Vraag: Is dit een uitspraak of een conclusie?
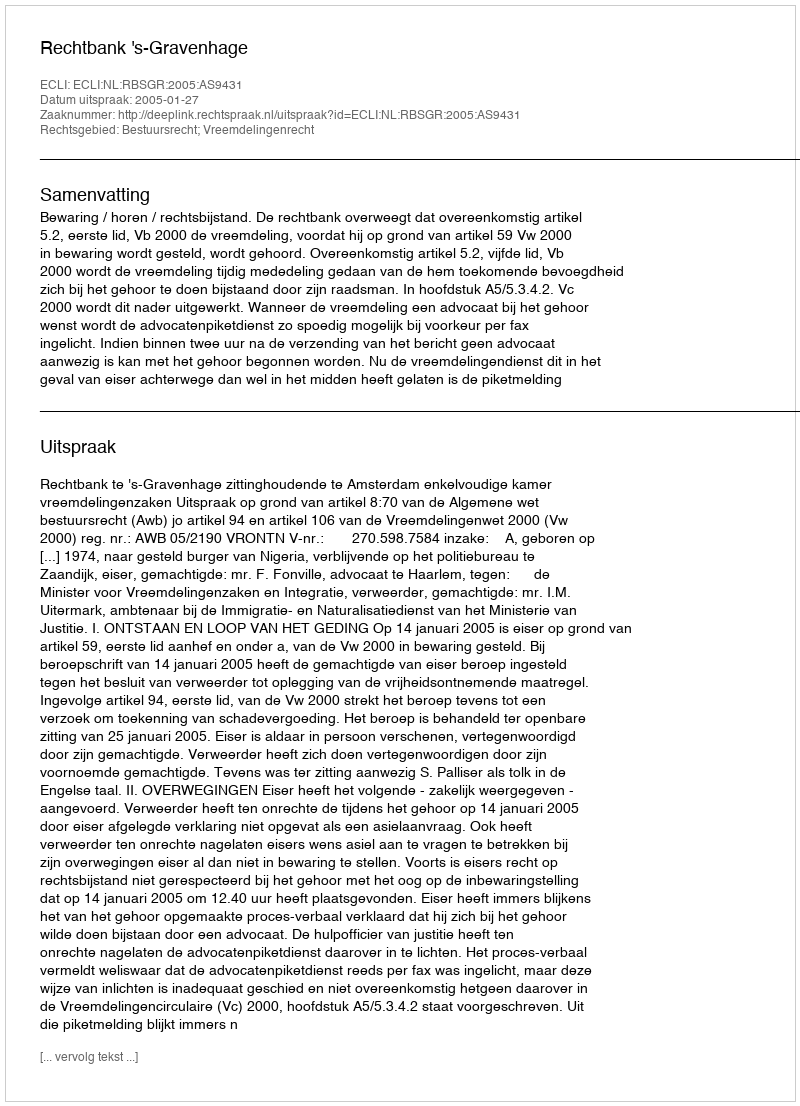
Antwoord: Uitspraak